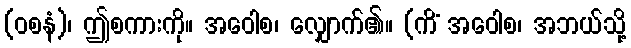
(ဝစနံ)၊ ဤစကားကို။ အဝေါစ၊ လျှောက်၏။ (ကိံ အဝေါစ၊ အဘယ်သို့